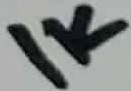
Text: 1K